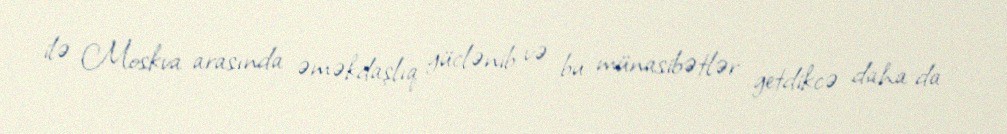
ilə Moskva arasında əməkdaşlıq güclənib və bu münasibətlər getdikcə daha da